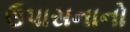
ઉપાસનાનો